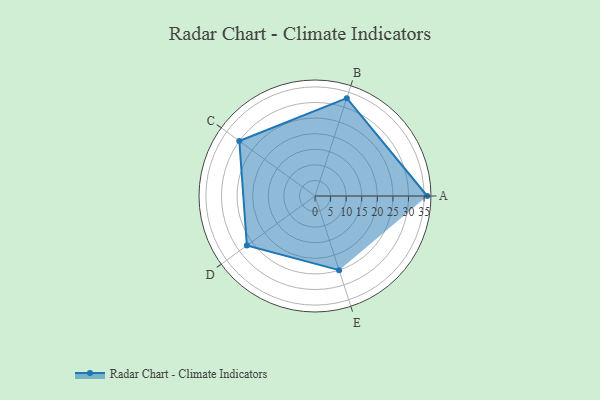
{"axis": {"x": "Skill", "y": "Score"}, "legend": ["Profile"], "data": [{"x": "A", "y": 36.0, "type": "Profile"}, {"x": "B", "y": 33.0, "type": "Profile"}, {"x": "C", "y": 30.0, "type": "Profile"}, {"x": "D", "y": 27.0, "type": "Profile"}, {"x": "E", "y": 25.0, "type": "Profile"}]}